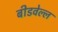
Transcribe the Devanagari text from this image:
बीडवेल्ल